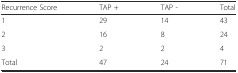
| Recurrence Score | TAP + | TAP - | Total |
 | --- | --- | --- | --- |
 | 1 | 29 | 14 | 43 |
 | 2 | 16 | 8 | 24 |
 | 3 | 2 | 2 | 4 |
 | Total | 47 | 24 | 71 |